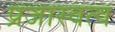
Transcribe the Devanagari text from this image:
प्रजास्वत्व